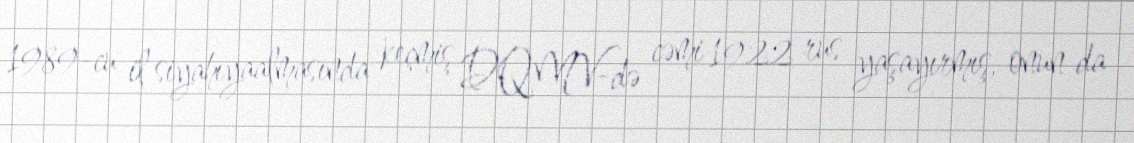
1989-cu il siyahıyaalmasında keçmiş DQMV-də cəmi 1922 rus yaşayırmış, onun da